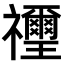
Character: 𥜬